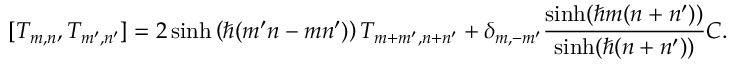
[ T _ { m , n } , T _ { m ^ { \prime } , n ^ { \prime } } ] = 2 \sinh \left( \hbar ( m ^ { \prime } n - m n ^ { \prime } ) \right) T _ { m + m ^ { \prime } , n + n ^ { \prime } } + \delta _ { m , - m ^ { \prime } } \frac { \sinh ( \hbar m ( n + n ^ { \prime } ) ) } { \sinh ( \hbar ( n + n ^ { \prime } ) ) } C .